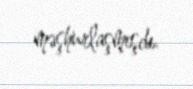
məşhurlaşmışdı.